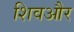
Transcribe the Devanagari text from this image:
शिवऔर